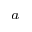
^ a